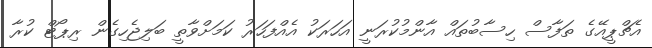
އެޗްޕީއޭގެ ތަފާސް ހިސާބުތައް އާންމުކުރަނީ އަހަރަކު އެއްފަހަރު ކަމަށްވާތީ ބަލިޖެހިގެން ރިޕޯޓް ކުރާ